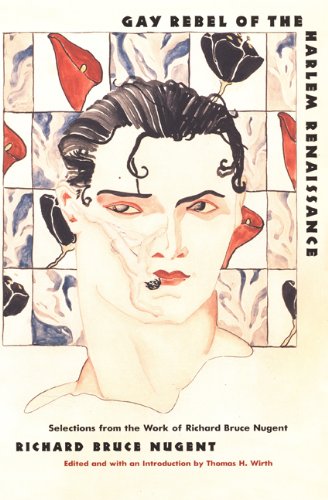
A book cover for Gay Rebel of the Harlem Renaissance: Selections from the Work of Richard Bruce Nugent; Richard Bruce Nugent; Gay & Lesbian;